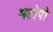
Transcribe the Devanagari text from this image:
मटोपो